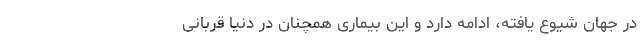
در جهان شیوع یافته، ادامه دارد و این بیماری همچنان در دنیا قربانی